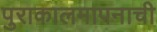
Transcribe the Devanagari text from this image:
पुराकालमापनाची